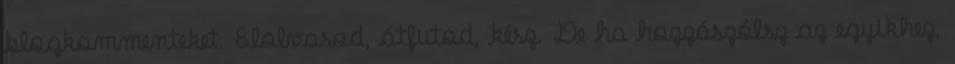
blogkommenteket. Elolvasod, átfutod, kész. De ha hozzászólsz az egyikhez,